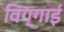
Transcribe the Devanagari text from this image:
विग्गाई